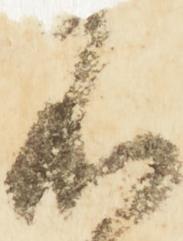
者